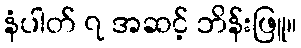
နံပါတ် ၇ အဆင့် ဘိန်းဖြူ။